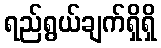
ရည်ရွယ်ချက်ရှိရှိ